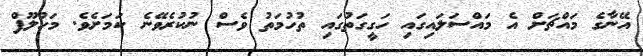
އޭނާގެ މައްޗަށް އެ މައްސަލައިގައި ހަގީގަތުގައި ތުހުމަތު ވެސް ނުކުރެވޭނެ ކަމަށެވެ. މަހުލޫފް